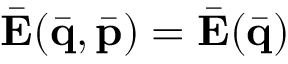
\bar { \bf E } ( \bar { \bf q } , \bar { \bf p } ) = \bar { \bf E } ( \bar { \bf q } )